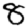
Digit: 8